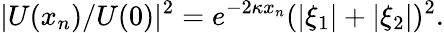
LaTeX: |U(x_{n})/U(0)|^{2}=e^{-2\kappa x_{n}}(|\xi_{1}|+|\xi_{2}|)^{2}.